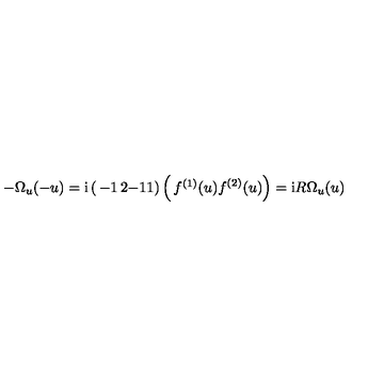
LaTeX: - \Omega _ { u } ( - u ) = \mathrm { i } \left( \begin{matrix} { - 1 } & { 2 } \\ { - 1 } & { 1 } \\ \end{matrix} \right) \left( \begin{matrix} { f ^ { ( 1 ) } ( u ) } \\ { f ^ { ( 2 ) } ( u ) } \\ \end{matrix} \right) = \mathrm { i } R \Omega _ { u } ( u )